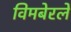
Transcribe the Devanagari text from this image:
विमबेरले